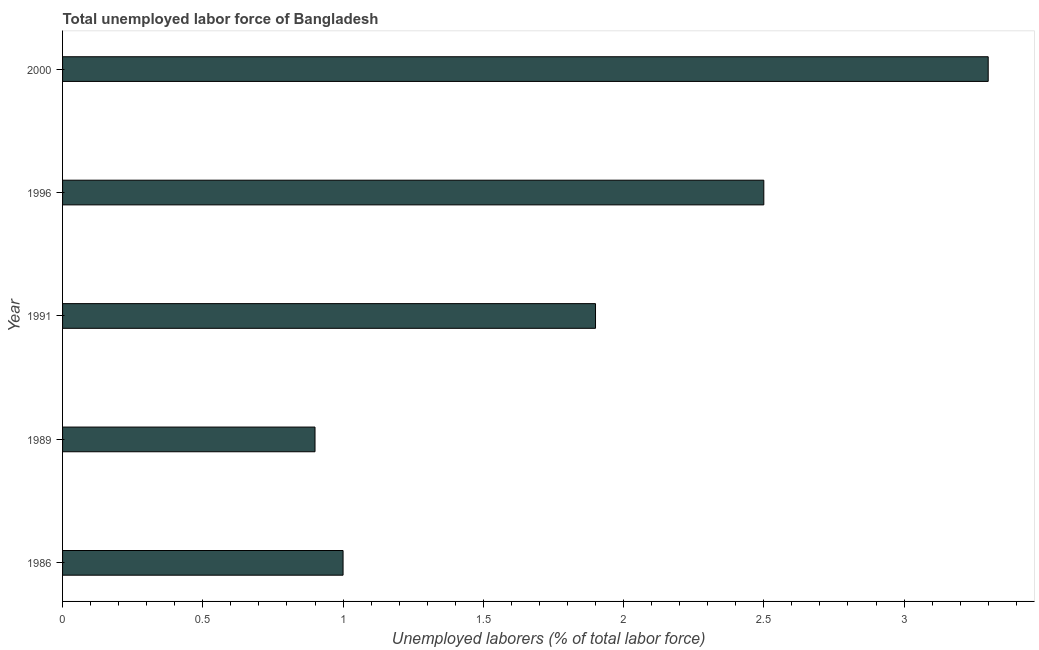
| Year | Unemployment total |
 | --- | --- |
 | 1986 | 1 |
 | 1989 | 0.9 |
 | 1991 | 1.9 |
 | 1996 | 2.5 |
 | 2000 | 3.3 |